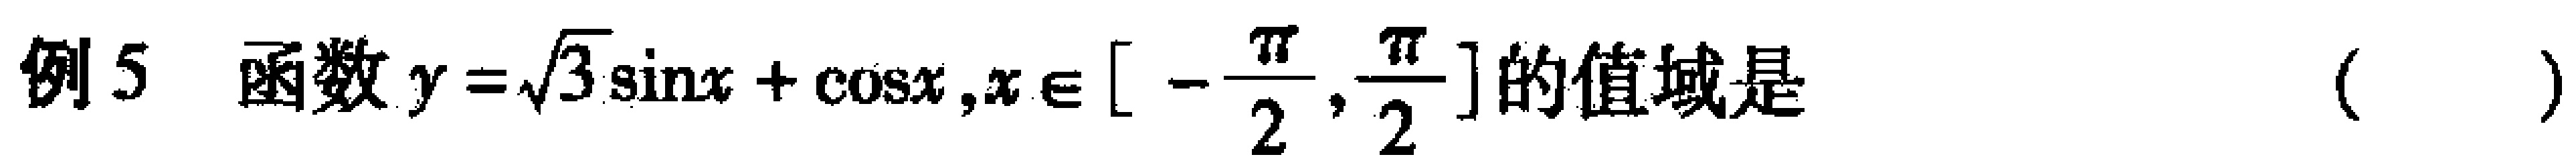
例5 函数$y = \sqrt{3}\sin x+\cos x,x\in[-\frac{\pi}{2},\frac{\pi}{2}]$的值域是（  ）